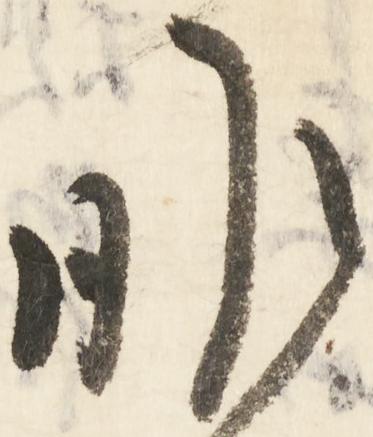
昨